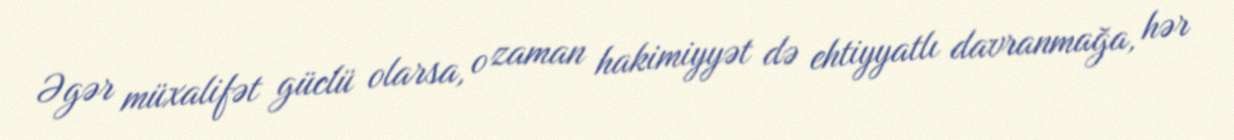
Əgər müxalifət güclü olarsa, o zaman hakimiyyət də ehtiyyatlı davranmağa, hər